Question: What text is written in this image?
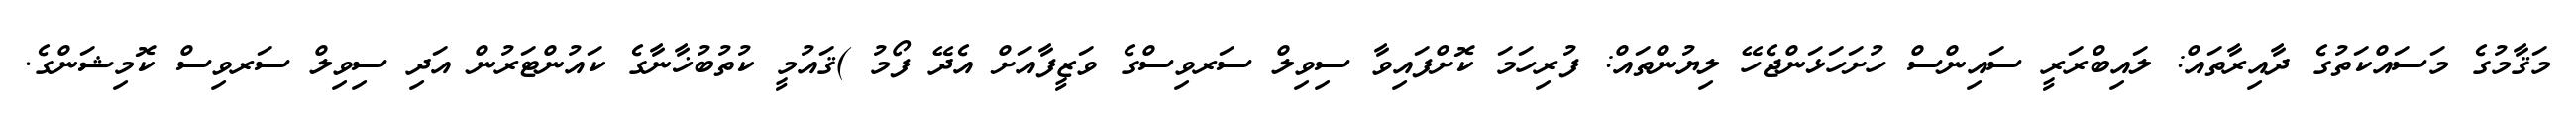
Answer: މަޤާމުގެ މަސައްކަތުގެ ދާއިރާތައް: ލައިބްރަރީ ސައިންސް ހުށަހަޅަންޖެހޭ ލިޔުންތައް: ފުރިހަމަ ކޮށްފައިވާ ސިވިލް ސަރވިސްގެ ވަޒީފާއަށް އެދޭ ފޯމު )ޤައުމީ ކުތުބުޚާނާގެ ކައުންޓަރުން އަދި ސިވިލް ސަރވިސް ކޮމިޝަންގެ.